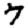
Digit: 7